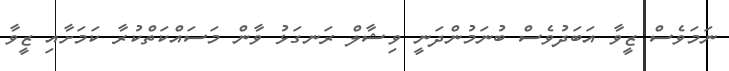
ނަމަވެސް ޒީވާ އަބަދުވެސް ބުނަމުންދަނީ ވިޝާލް ރަނގަޅު ވާން މަސައްކަތްކުރާ ކަމަށާއި ޒީވާ